Document type: Sale
Year: 1305
Scribe: Bernat de Vilarúbia
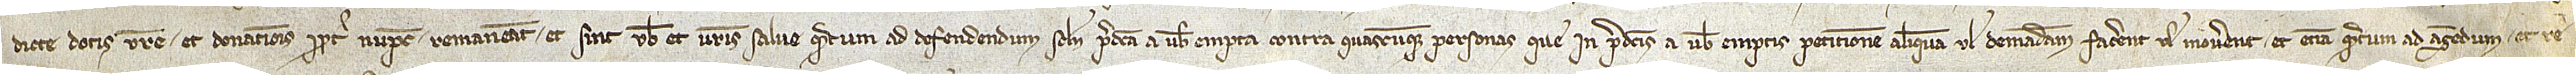
dicte dotis vestre et donationis propter nupcias remaneant et sint vobis et vestris salve quantum ad defendendum scilicet predicta a vobis empta contra quascumque personas que in predictis a vobis emptis petitionem aliquam vel demandam facerent vel moverent, et etiam quantum ad agendum et re-